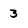
Character: 3